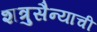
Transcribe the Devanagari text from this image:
शत्रुसैन्याची